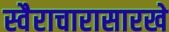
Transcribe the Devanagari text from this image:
स्वैराचारासारखे